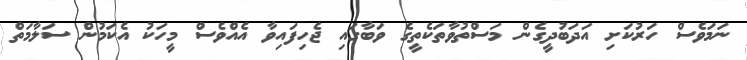
ނަމަވެސް ހަރުކަށި އަދަބުދީގެން މަސްތުވާތަކެތީގެ ވަބާގައި ޖެހިފައިވާ އެއްވެސް މީހަކު އެކަމުން ސަލާމަތް